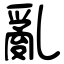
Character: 亂